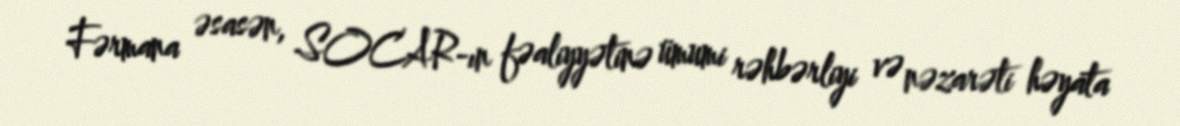
Fərmana əsasən, SOCAR-ın fəaliyyətinə ümumi rəhbərliyi və nəzarəti həyata